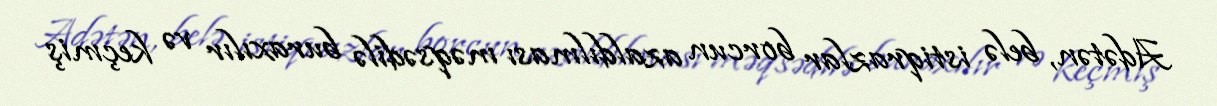
Adətən, belə istiqrazlar borcun azaldılması məqsədilə buraxılır və keçmiş